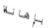
بإهانة